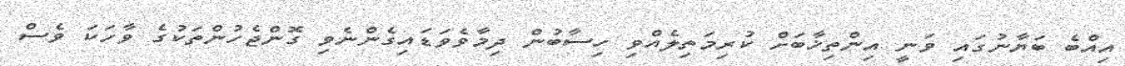
އިއްބެ ބަޔާނުގައި ވަނީ އިންތިޚާބަށް ކުރިމަތިލެއްވި ހިސާބުން ދިމާވެވަޑައިގެންނެވި ގޮންޖެހުންތަކުގެ ވާހަކަ ވެސް